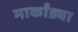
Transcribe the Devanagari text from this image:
मार्कांड्या